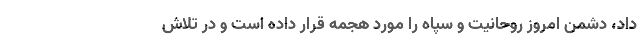
داد، دشمن امروز روحانیت و سپاه را مورد هجمه قرار داده است و در تلاش